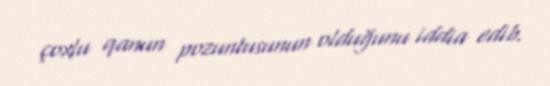
çoxlu qanun pozuntusunun olduğunu iddia edib.